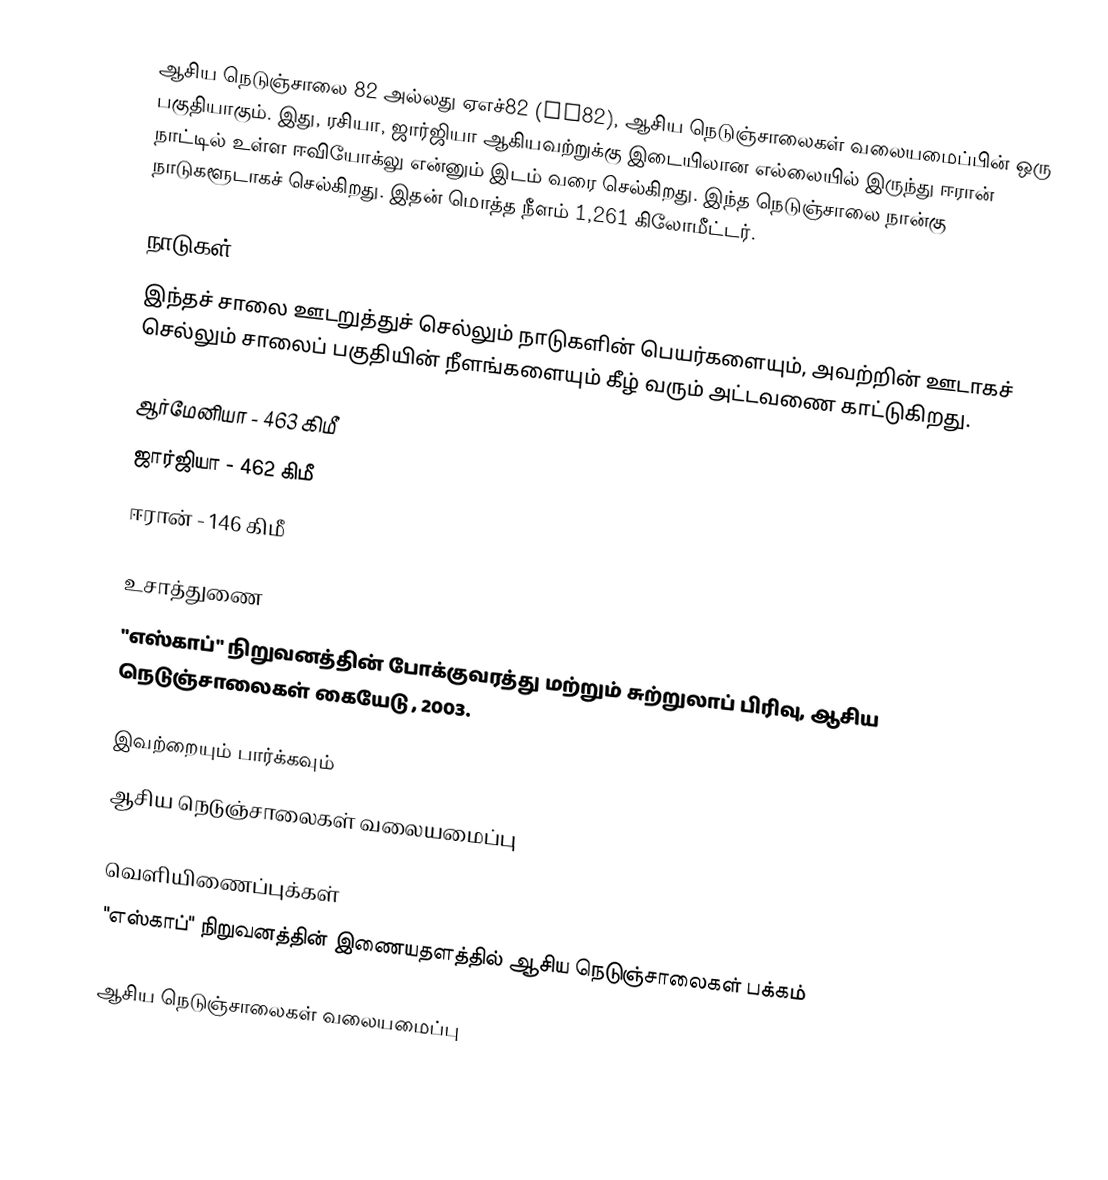
ஆசிய நெடுஞ்சாலை 82 அல்லது ஏஎச்82 (AH82), ஆசிய நெடுஞ்சாலைகள் வலையமைப்பின் ஒரு பகுதியாகும். இது, ரசியா, ஜார்ஜியா ஆகியவற்றுக்கு இடையிலான எல்லையில் இருந்து ஈரான் நாட்டில் உள்ள ஈவியோக்லு என்னும் இடம் வரை செல்கிறது. இந்த நெடுஞ்சாலை நான்கு நாடுகளூடாகச் செல்கிறது. இதன் மொத்த நீளம் 1,261 கிலோமீட்டர்.

நாடுகள்
இந்தச் சாலை ஊடறுத்துச் செல்லும் நாடுகளின் பெயர்களையும், அவற்றின் ஊடாகச் செல்லும் சாலைப் பகுதியின் நீளங்களையும் கீழ் வரும் அட்டவணை காட்டுகிறது.

 ஆர்மேனியா - 463 கிமீ
 ஜார்ஜியா - 462 கிமீ
 ஈரான் - 146 கிமீ

உசாத்துணை
 "எஸ்காப்" நிறுவனத்தின் போக்குவரத்து மற்றும் சுற்றுலாப் பிரிவு, ஆசிய நெடுஞ்சாலைகள் கையேடு , 2003.

இவற்றையும் பார்க்கவும்
 ஆசிய நெடுஞ்சாலைகள் வலையமைப்பு

வெளியிணைப்புக்கள்
 "எஸ்காப்" நிறுவனத்தின் இணையதளத்தில் ஆசிய நெடுஞ்சாலைகள் பக்கம்

 ஆசிய நெடுஞ்சாலைகள் வலையமைப்பு